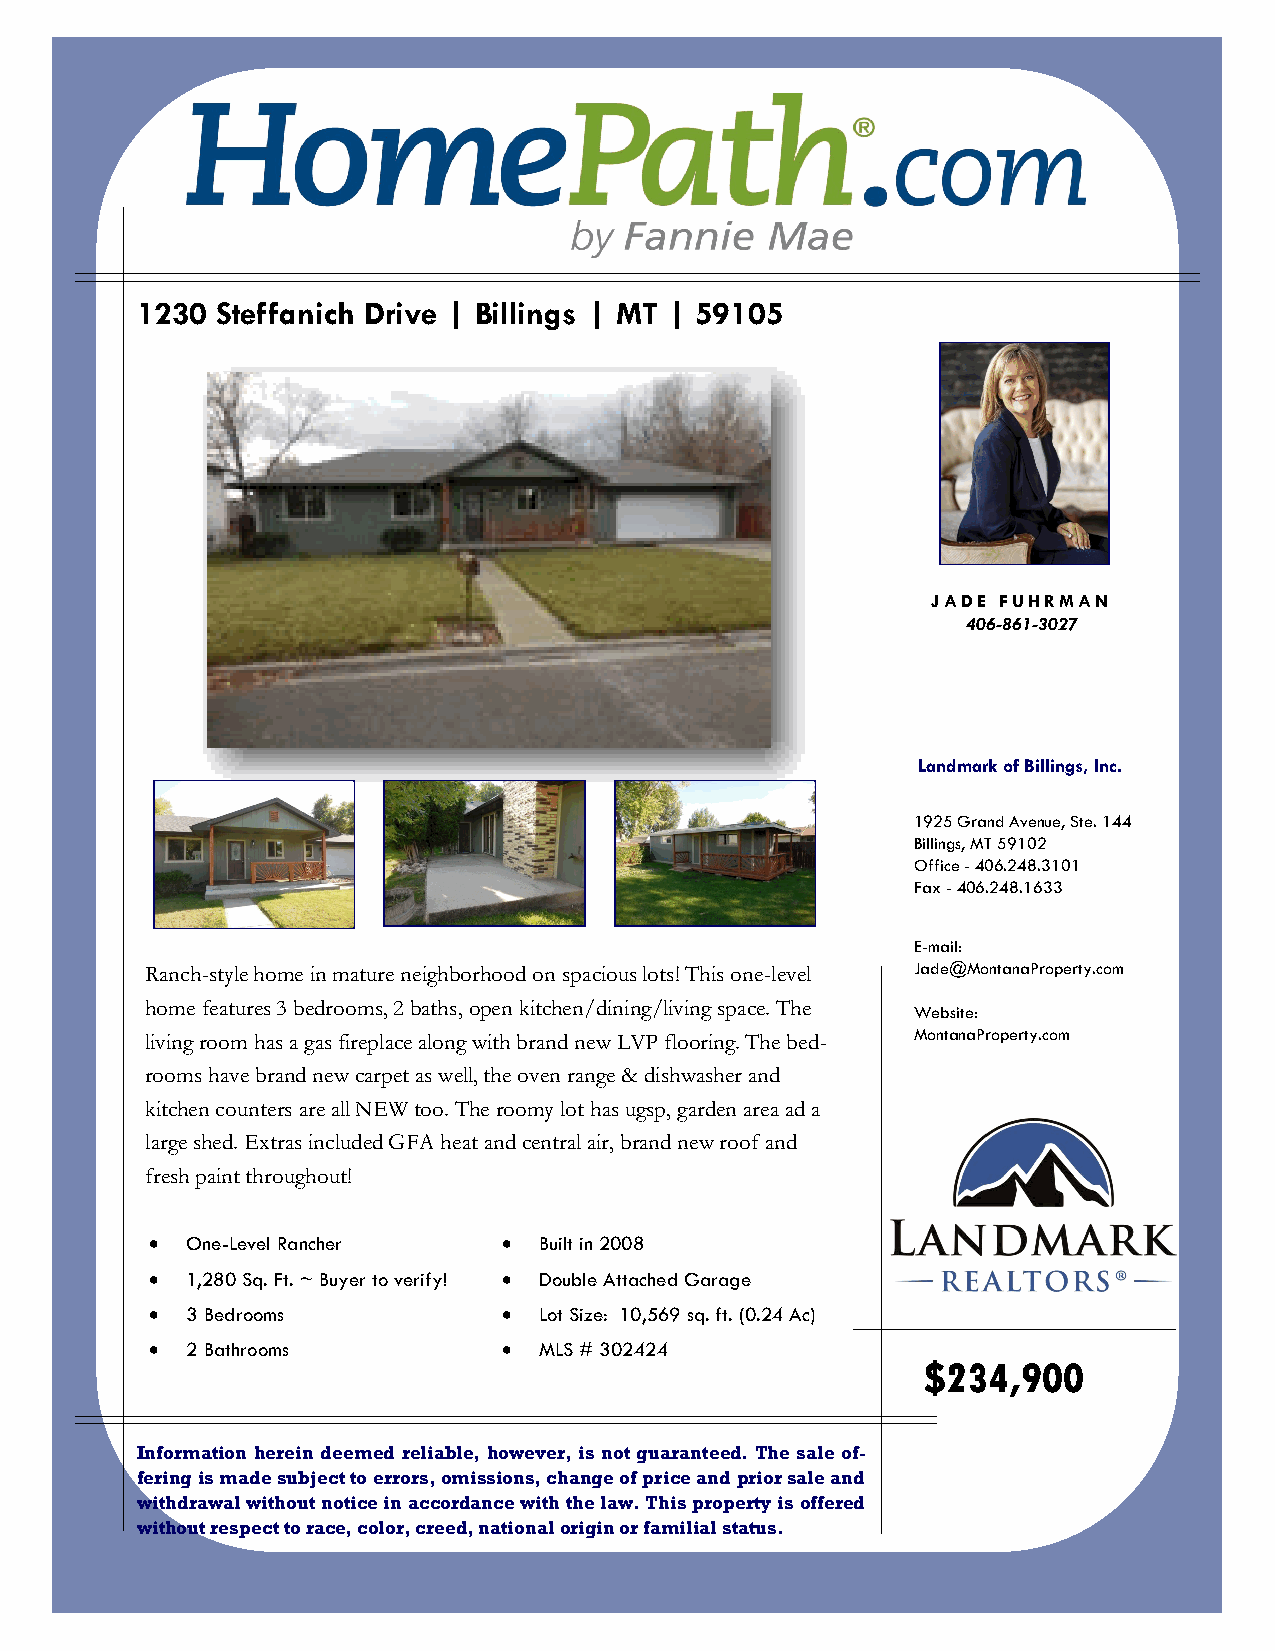
1230 Steffanich Drive | Billings | MT | 59105
 JADE FUHRMAN
 406-861-3027
 Landmark of Billings, Inc.
 1925 Grand Avenue, Ste. 144
 Billings, MT 59102
 Office - 406.248.3101
 Fax - 406.248.1633
 E-mail:
 Ranch-style home in mature neighborhood on spacious lots! This one-level Jade@MontanaProperty.com
 home features 3 bedrooms, 2 baths, open kitchen/dining/living space. The Website:
 living room has a gas fireplace along with brand new LVP flooring. The bed- MontanaProperty.com
 rooms have brand new carpet as well, the oven range & dishwasher and
 kitchen counters are all NEW too. The roomy lot has ugsp, garden area ad a
 large shed. Extras included GFA heat and central air, brand new roof and
 fresh paint throughout!
 • One-Level Rancher    •  Built in 2008
 • 1,280 Sq. Ft. ~ Buyer to verify! • Double Attached Garage
 • 3 Bedrooms           •  Lot Size: 10,569 sq. ft. (0.24 Ac)
 • 2 Bathrooms          •  MLS # 302424
 $234,900
 Information herein deemed reliable, however, is not guaranteed. The sale of-
 fering is made subject to errors, omissions, change of price and prior sale and
 withdrawal without notice in accordance with the law. This property is offered
 without respect to race, color, creed, national origin or familial status.